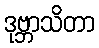
ဒုဗ္ဘာသိတာ